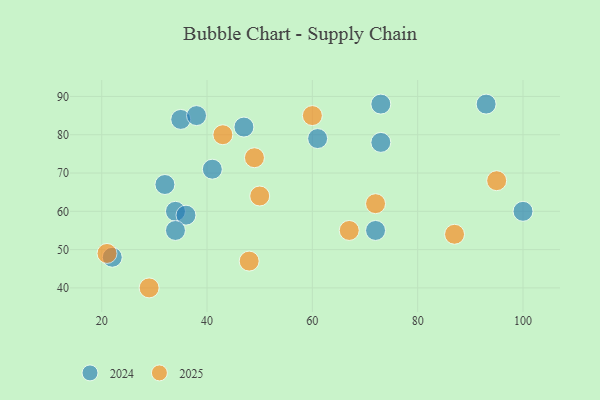
{"axis": {"x": "GDP", "y": "Life Expectancy"}, "legend": ["2024", "2025"], "data": [{"x": "21", "y": 49, "type": "2025"}, {"x": "50", "y": 64, "type": "2025"}, {"x": "87", "y": 54, "type": "2025"}, {"x": "29", "y": 40, "type": "2025"}, {"x": "60", "y": 85, "type": "2025"}, {"x": "95", "y": 68, "type": "2025"}, {"x": "43", "y": 80, "type": "2025"}, {"x": "67", "y": 55, "type": "2025"}, {"x": "49", "y": 74, "type": "2025"}, {"x": "72", "y": 62, "type": "2025"}, {"x": "48", "y": 47, "type": "2025"}, {"x": "35", "y": 84, "type": "2024"}, {"x": "38", "y": 85, "type": "2024"}, {"x": "73", "y": 78, "type": "2024"}, {"x": "61", "y": 79, "type": "2024"}, {"x": "73", "y": 88, "type": "2024"}, {"x": "100", "y": 60, "type": "2024"}, {"x": "93", "y": 88, "type": "2024"}, {"x": "34", "y": 60, "type": "2024"}, {"x": "72", "y": 55, "type": "2024"}, {"x": "41", "y": 71, "type": "2024"}, {"x": "47", "y": 82, "type": "2024"}, {"x": "36", "y": 59, "type": "2024"}, {"x": "34", "y": 55, "type": "2024"}, {"x": "22", "y": 48, "type": "2024"}, {"x": "32", "y": 67, "type": "2024"}]}